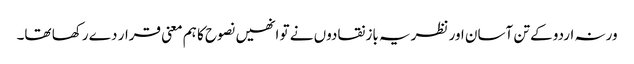
ورنہ اردو کے تن آسان اور نظریہ باز نقادوں نے تو انھیں نصوح کا ہم معنی قرار دے رکھا تھا۔